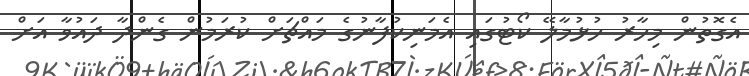
އެގޮތުން މިހާރު ހުޅުމާލޭ ކޯޓުގައި އެމަނިކުފާނުގެ މައްޗަށް ކުރަމުން ގެންދާ ދައުވާ އަށް